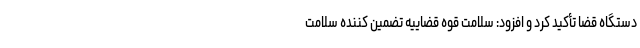
دستگاه قضا تأکید کرد و افزود: سلامت قوه قضاییه تضمین کننده سلامت